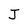
Character: J